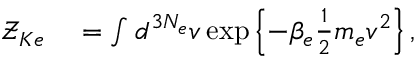
\begin{array} { r l } { \mathcal { Z } _ { K e } } & { { } = \int d ^ { 3 N _ { e } } v \exp \left\{ - \beta _ { e } \frac { 1 } { 2 } m _ { e } v ^ { 2 } \right\} , } \end{array}